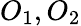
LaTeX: O_{1},O_{2}